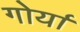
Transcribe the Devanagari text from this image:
गोर्या